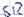
Text: SR